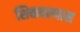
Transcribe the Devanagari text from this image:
शिकवल्यास